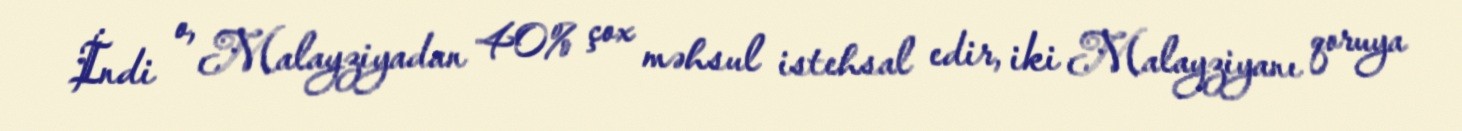
İndi o, Malayziyadan 40% çox məhsul istehsal edir, iki Malayziyanı qoruya